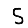
Digit: 5